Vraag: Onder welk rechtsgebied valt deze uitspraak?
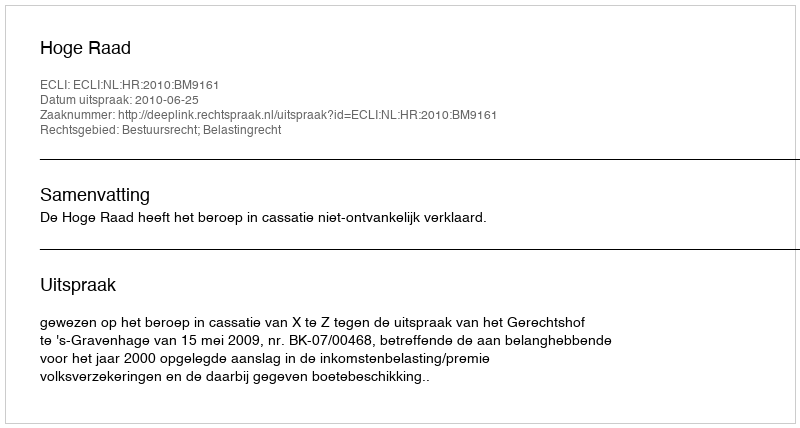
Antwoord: Bestuursrecht; Belastingrecht